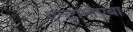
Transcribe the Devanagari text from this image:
एन्टामोएबा